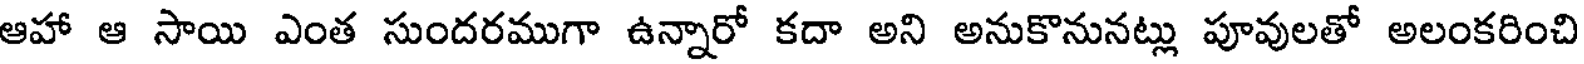
ఆహా ఆ సాయి ఎంత సుందరముగా ఉన్నారో కదా అని అనుకొనునట్లు పూవులతో అలంకరించి